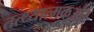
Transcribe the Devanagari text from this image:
तत्थ्यात्मकऔर